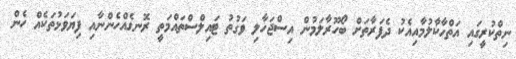
ނިތްކުރީގައި އަތްހާކާލުމާއިއެކު ދެފަރާތަށް ބޯހޫރާލަމުން އިސްޖަހާލި ވަގުތު ޓައިލްސްތައްމަތީ ރޮނގެއްހެންނާއި ފިޔަވަޅުތަކެއް ހެން